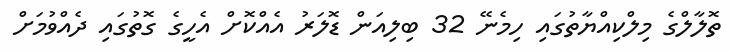
ތޮލާލްގެ މިލްކިއްޔާތުގައި ހިމެނޭ 32 ބިލިއަން ޑޮލަރު އެއްކޮށް އެހީގެ ގޮތުގައި ދެއްވުމަށް